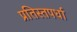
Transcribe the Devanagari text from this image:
प्रतिस्तपर्धा